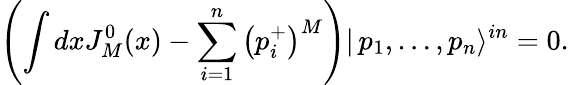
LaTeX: \left(\int dxJ_{M}^{0}(x)-\sum_{i=1}^{n}\left(p_{i}^{+}\right)^{M}\right)|\, p_{1},\dots,p_{n}\rangle^{in}=0.